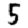
Digit: 5